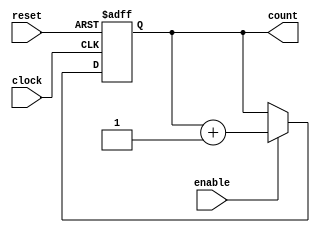
/* --------------------------------------------------- 
 *   8iJE^
 *   CZbgCJEgECl[u
 *   (Count8.v)
 * --------------------------------------------------@*/

module Count8(clock, reset, enable, count);
    input clock, reset;     // NbNCZbg
    input enable;           // JEgECl[u
    output [2:0] count;     // JEgl
    
    // L@\M
    reg [2:0] count;
    
    // GbWEgK Zbg
    always @(posedge clock or negedge reset) begin
        if (!reset) begin
            count <= 3'b000;    // Zbg
        end else if (enable) begin
            count <= count + 1;     // JEgAbv
        end
    end
endmodule